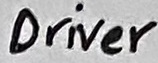
Text: Driver